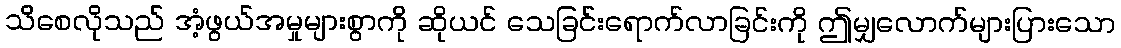
သိစေလိုသည် အံ့ဖွယ်အမှုများစွာကို ဆိုယင် သေခြင်းရောက်လာခြင်းကို ဤမျှလောက်များပြားသော